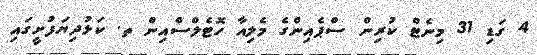
4 ގަޑި 31 މިނެޓް ކުރިން ސްޕެއިންގެ މެލިއާ ހޮޓެލްސްއިން ތ. ކަޅުދިޔަފުށީގައި